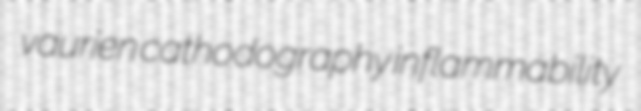
vaurien cathodography inflammability